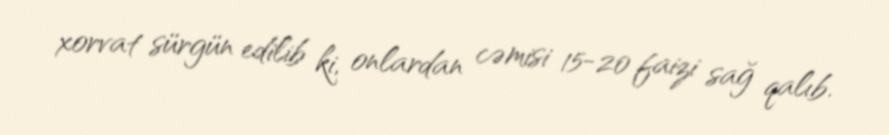
xorvat sürgün edilib ki, onlardan cəmisi 15-20 faizi sağ qalıb.